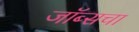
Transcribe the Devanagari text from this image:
जॉब्सचा